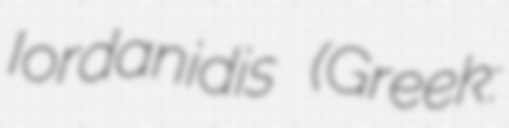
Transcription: Iordanidis (Greek: